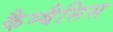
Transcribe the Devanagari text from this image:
कैम्बैसिस